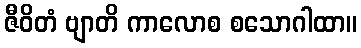
ဇီဝိတံ ဗျာတိ ကာလောစ စသောဂါထာ။